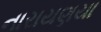
નારાયણયા